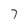
Character: 7